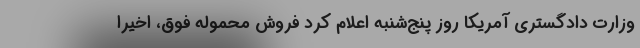
وزارت دادگستری آمریکا روز پنج‌شنبه اعلام کرد فروش محمولهٔ فوق، اخیراً